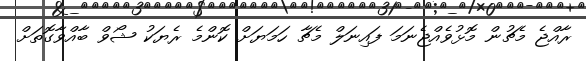
ރާއްޖެ މެޗުން މޮޅުވެއްޖެނަމަ ފައިނަލް މެޗާ ހަމަޔަށް ކޮންމެ ރެޔަކު ޝޯވް ބާއްވާގޮތަށް